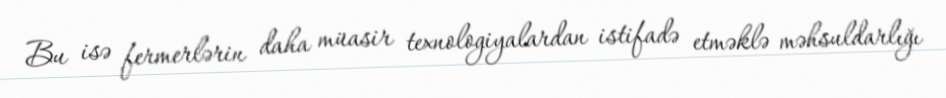
Bu isə fermerlərin daha müasir texnologiyalardan istifadə etməklə məhsuldarlığı